Annual report on the Civil Veterinary Department, Burma (including the Insein Veterinary School) - 1932-1941
Year: 1932
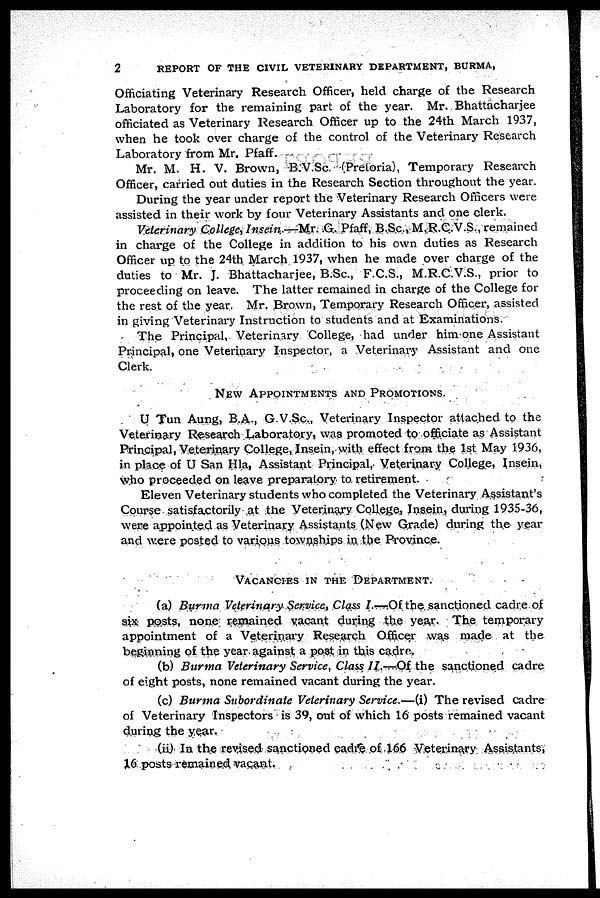
2
REPORT OF THE CIVIL VETERINARY DEPARTMENT, BURMA,
Officiating Veterinary Research Officer, held charge of the Research
Laboratory for the remaining part of the year. Mr. Bhattacharjee
officiated as Veterinary Research Officer up to the 24th March 1937,
when he took over charge of the control of the Veterinary Research
Laboratory from Mr. Pfaff.
Mr. M. H. V. Brown, B.V.Sc. (Pretoria), Temporary Research
Officer, carried out duties in the Research Section throughout the year.
During the year under report the Veterinary Research Officers were
assisted in their work by four Veterinary Assistants and one clerk.
Veterinary College, Insein.—Mr. G. Pfaff, B.Sc., M.R.C.V.S., remained
in charge of the College in addition to his own duties as Research
Officer up to the 24th March 1937, when he made over charge of the
duties to Mr. J. Bhattacharjee, B.Sc., F.C.S., M.R.C.V.S., prior to
proceeding on leave. The latter remained in charge of the College for
the rest of the year. Mr. Brown, Temporary Research Officer, assisted
in giving Veterinary Instruction to students and at Examinations.
The Principal, Veterinary College, had under him one Assistant
Principal, one Veterinary Inspector, a Veterinary Assistant and one
Clerk.
NEW APPOINTMENT AND PROMOTIONS.
U Tun Aung, B.A., G.V.Sc., Veterinary Inspector attached to the
Veterinary Research Laboratory, was promoted to officiate as Assistant
Principal, Veterinary College, Insein, with effect from the 1st May 1936,
in place of U San Hla, Assistant Principal, Veterinary College, Insein,
who proceeded on leave preparatory to retirement.
Eleven Veterinary students who completed the Veterinary Assistant's
Course satisfactorily at the Veterinary College, Insein, during 1935-36,
were appointed as Veterinary Assistants (New Grade) during the year
and were posted to various townships in the Province.
VACANCIES IN THE DEPARTMENT.
(a) Burma Veterinary Service, Class I —Of the sanctioned cadre of
six posts, none remained vacant during the year. The temporary
appointment of a Veterinary Research Officer was made at the
beginning of the year against a post in this cadre.
(b) Burma Veterinary Service, Class II.—Of the sanctioned cadre
of eight posts, none remained vacant during the year.
(c) Burma Subordinate Veterinary Service.—(i) The revised cadre
of Veterinary Inspectors is 39, out of which 16 posts remained vacant
during the year.
(ii) In the revised sanctioned cadre of 166 Veterinary Assistants,
16 posts remained vacant.